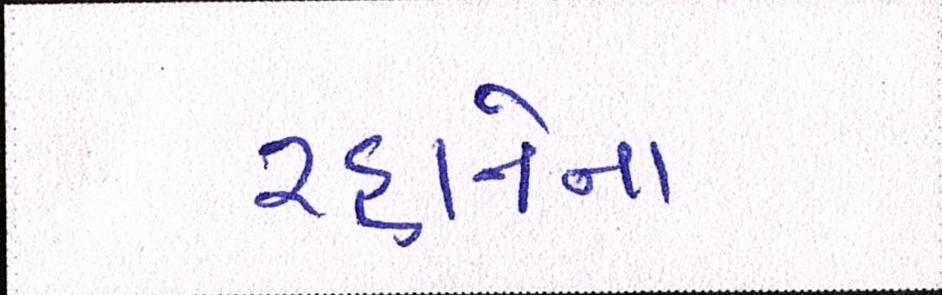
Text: રહાનેના